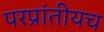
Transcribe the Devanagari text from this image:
परप्रांतीयच